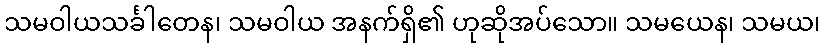
သမဝါယသင်္ခါတေန၊ သမဝါယ အနက်ရှိ၏ ဟုဆိုအပ်သော။ သမယေန၊ သမယ၊